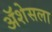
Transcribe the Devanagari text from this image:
ॲशेसला